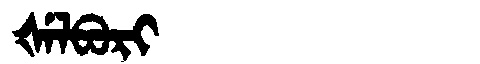
Manchu: ᡧᡝᠯᠪᠣᡵᡳ
Romanization: ŠELBORI